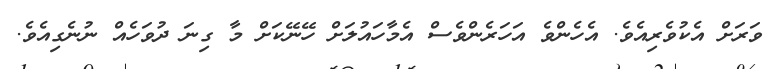
ވަރަށް އެކުވެރިއެވެ. އެހެންވެ އަހަރެންވެސް އެމާހައުލަށް ހޭނޭކަށް މާ ގިނަ ދުވަހެއް ނުނެގިއެވެ.